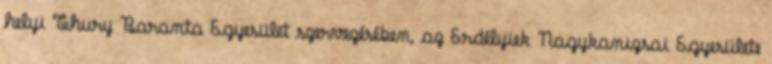
helyi Thury Baranta Egyesület szervezésében, az Erdélyiek Nagykanizsai Egyesülete